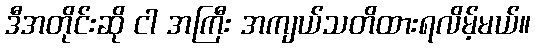
ဒီအတိုင်းဆို ငါ အကြီး အကျယ်သတိထားရလိမ့်မယ်။